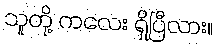
သူတို့ ကလေး ရှိပြီလား။